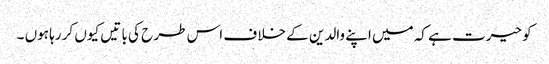
کو حیرت ہے کہ میں اپنے والدین کے خلا ف اس طر ح کی با تیں کیوں کر رہا ہوں ۔